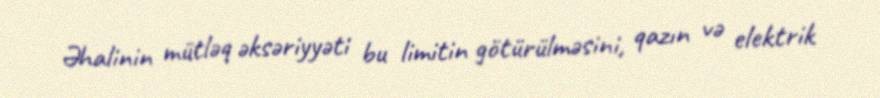
Əhalinin mütləq əksəriyyəti bu limitin götürülməsini, qazın və elektrik